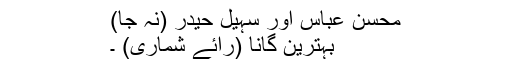
محسن عباس اور سہیل حیدر (نہ جا)
بہترین گانا (رائے شماری) ۔